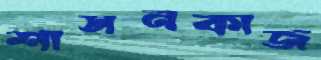
শাসনকাজ